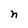
Character: n